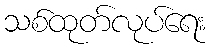
သစ်ထုတ်လုပ်ရေး